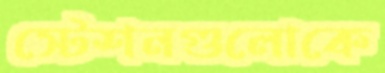
স্টেশনগুলোকে